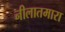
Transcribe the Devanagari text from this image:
नीलातमारा